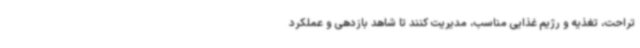
تراحت، تغذیه و رژیم غذایی مناسب، مدیریت کنند تا شاهد بازدهی و عملکرد